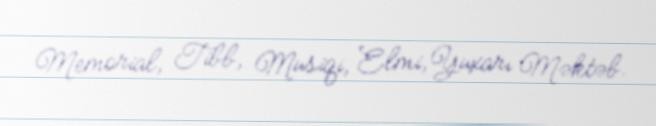
Memorial, Tibb, Musiqi, Elmi,Yuxarı Məktəb.